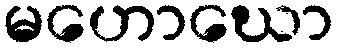
မဟောဃော